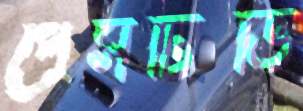
প্রেসটিভি